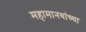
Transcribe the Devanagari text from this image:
महामानवांच्या